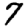
Digit: 7